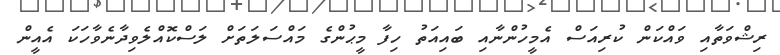
ރިޝްވަތާއި ވައްކަން ކުރިއަސް އެމީހުންނާއި ބައިއަތު ހިފާ މީޙުންގެ މައްސަލަތަށް ލަސްކޮއްލެވިދާނެވާހަކަ އެއީން